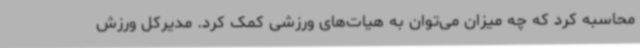
محاسبه کرد که چه میزان می‌توان به هیات‌های ورزشی کمک کرد. مدیرکل ورزش